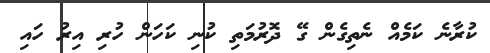
ކުރާނެ ކަމެއް ނެތިގެން ގޭ ދޮރުމަތި ކުނި ކަހަން ހުރި އިރު ހައި